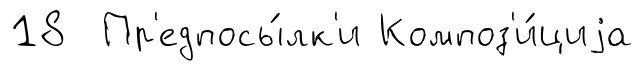
18 Пр'едпосы́лк'и Композ'и́циjа